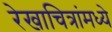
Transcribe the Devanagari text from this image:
रेखाचित्रांमध्ये